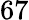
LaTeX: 67